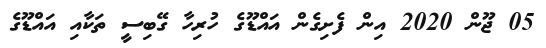
05 ޖޫން 2020 އިން ފެށިގެން އައްޑޫގެ ހުރިހާ ގޭބިސީ ތަކާއި އައްޑޫގެ